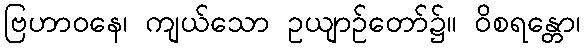
ဗြဟာဝနေ၊ ကျယ်သော ဥယျာဉ်တော်၌။ ဝိစရန္တော၊